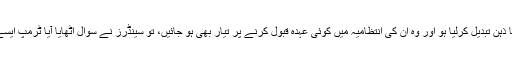
اگر ممکنہ امیدواروں نے اپنا ذہن تبدیل کرلیا ہو اور وہ اُن کی انتظامیہ میں کوئی عہدہ قبول کرنے پر تیار بھی ہو جائیں، تو سینڈرز نے سوال اٹھایا آیا ٹرمپ ایسے لوگوں کو قبول کریں گے۔